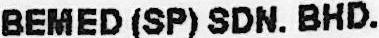
BEMED (SP) SDN. BHD.